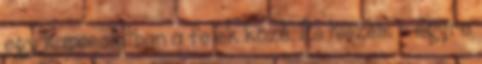
egy kapcsolatban a felek közé. És hiszem - egyre